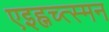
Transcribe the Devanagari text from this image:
एइह्नच्त्स्मन